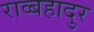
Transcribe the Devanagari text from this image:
राव्बहादुर